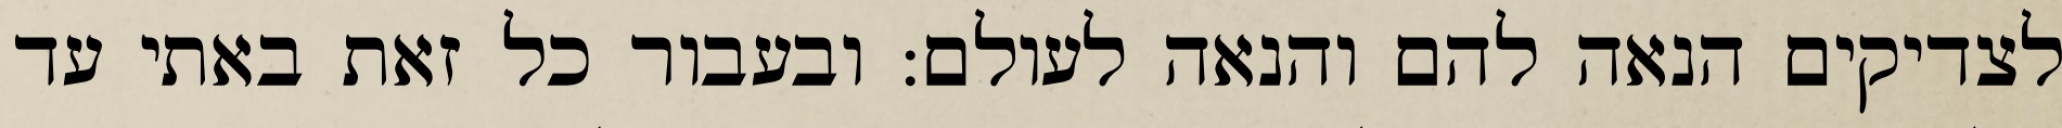
לצדיקים הנאה להם והנאה לעולם: ובעבור כל זאת באתי עד